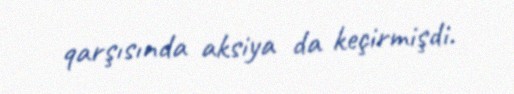
qarşısında aksiya da keçirmişdi.